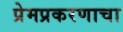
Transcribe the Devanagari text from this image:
प्रेमप्रकरणाचा